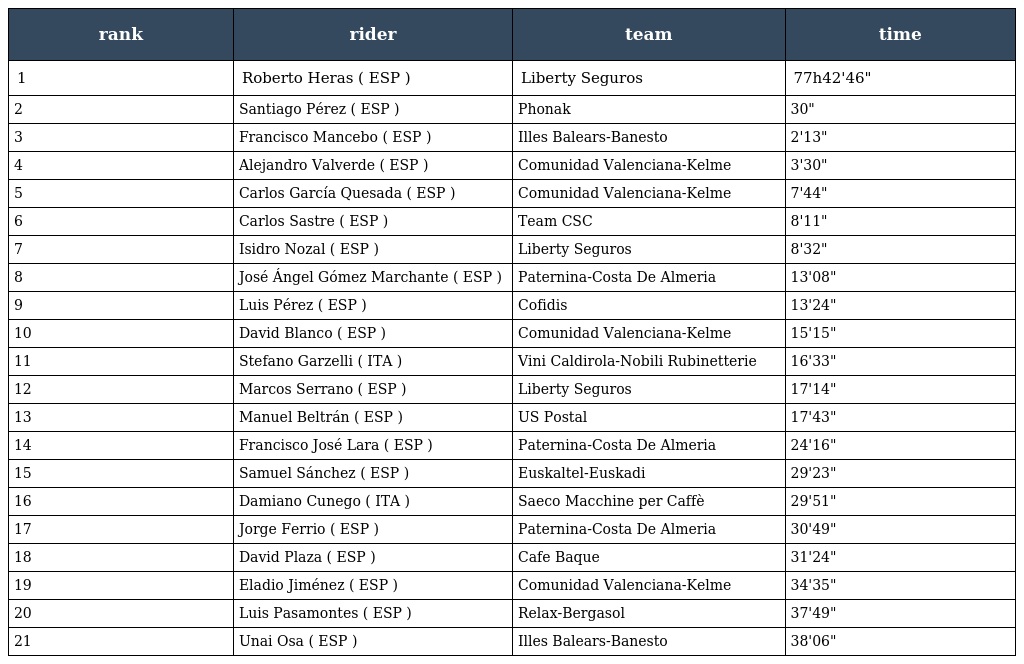
| rank | rider | team | time |
 | --- | --- | --- | --- |
 | 1 | Roberto Heras ( ESP ) | Liberty Seguros | 77h42'46" |
 | 2 | Santiago Pérez ( ESP ) | Phonak | 30" |
 | 3 | Francisco Mancebo ( ESP ) | Illes Balears-Banesto | 2'13" |
 | 4 | Alejandro Valverde ( ESP ) | Comunidad Valenciana-Kelme | 3'30" |
 | 5 | Carlos García Quesada ( ESP ) | Comunidad Valenciana-Kelme | 7'44" |
 | 6 | Carlos Sastre ( ESP ) | Team CSC | 8'11" |
 | 7 | Isidro Nozal ( ESP ) | Liberty Seguros | 8'32" |
 | 8 | José Ángel Gómez Marchante ( ESP ) | Paternina-Costa De Almeria | 13'08" |
 | 9 | Luis Pérez ( ESP ) | Cofidis | 13'24" |
 | 10 | David Blanco ( ESP ) | Comunidad Valenciana-Kelme | 15'15" |
 | 11 | Stefano Garzelli ( ITA ) | Vini Caldirola-Nobili Rubinetterie | 16'33" |
 | 12 | Marcos Serrano ( ESP ) | Liberty Seguros | 17'14" |
 | 13 | Manuel Beltrán ( ESP ) | US Postal | 17'43" |
 | 14 | Francisco José Lara ( ESP ) | Paternina-Costa De Almeria | 24'16" |
 | 15 | Samuel Sánchez ( ESP ) | Euskaltel-Euskadi | 29'23" |
 | 16 | Damiano Cunego ( ITA ) | Saeco Macchine per Caffè | 29'51" |
 | 17 | Jorge Ferrio ( ESP ) | Paternina-Costa De Almeria | 30'49" |
 | 18 | David Plaza ( ESP ) | Cafe Baque | 31'24" |
 | 19 | Eladio Jiménez ( ESP ) | Comunidad Valenciana-Kelme | 34'35" |
 | 20 | Luis Pasamontes ( ESP ) | Relax-Bergasol | 37'49" |
 | 21 | Unai Osa ( ESP ) | Illes Balears-Banesto | 38'06" |